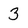
Character: 3